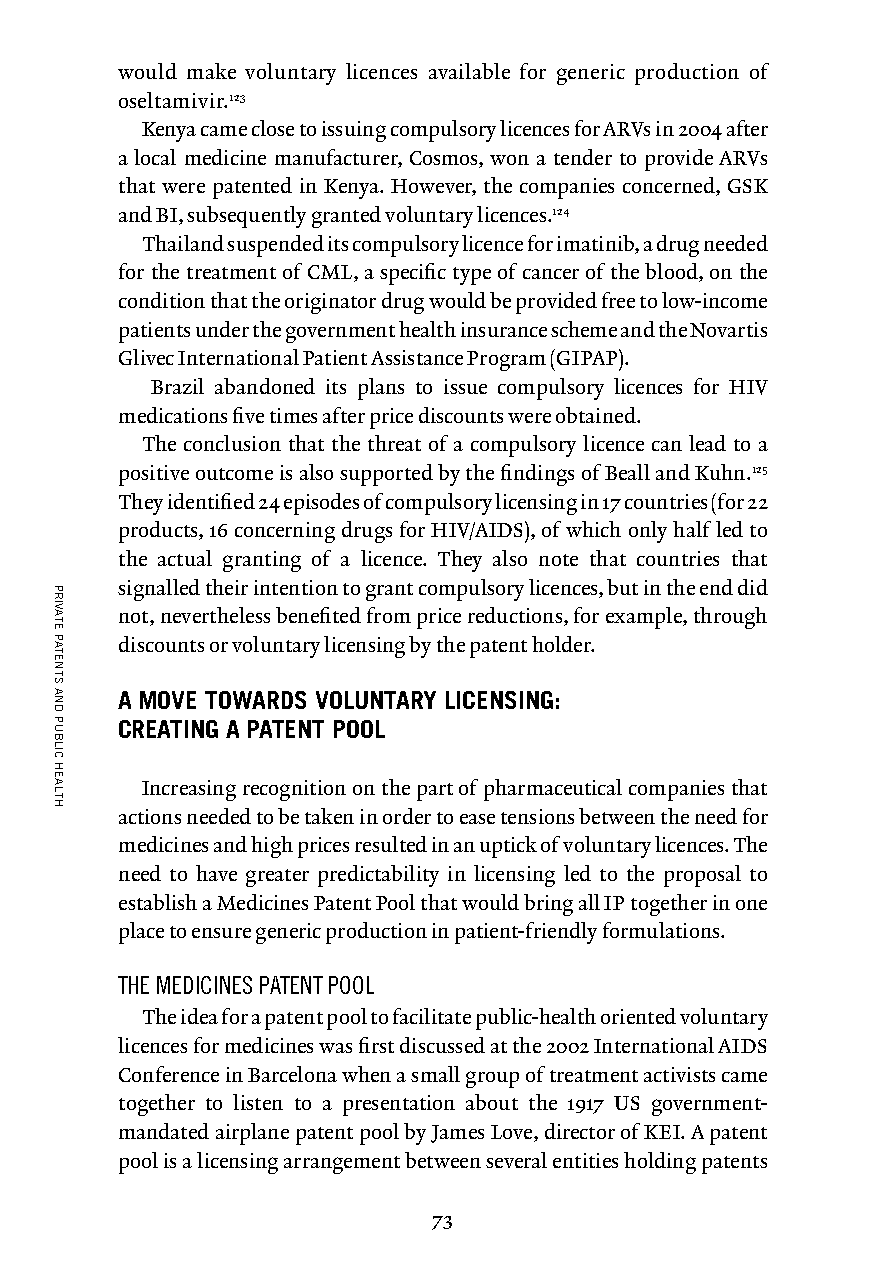
would make voluntary licences available for generic production of
 oseltamivir.123
 Kenya came close to issuing compulsory licences for ARVs in 2004 after
 a local medicine manufacturer, Cosmos, won a tender to provide ARVs
 that were patented in Kenya. However, the companies concerned, GSK
 and BI, subsequently granted voluntary licences.124
 Thailand suspended its compulsory licence for imatinib, a drug needed
 for the treatment of CML, a specific type of cancer of the blood, on the
 condition that the originator drug would be provided free to low-income
 patients under the government health insurance scheme and the Novartis
 Glivec International Patient Assistance Program (GIPAP).
 Brazil abandoned its plans to issue compulsory licences for HIV
 medications five times after price discounts were obtained.
 The conclusion that the threat of a compulsory licence can lead to a
 positive outcome is also supported by the findings of Beall and Kuhn.125
 They identified 24 episodes of compulsory licensing in 17 countries (for 22
 products, 16 concerning drugs for HIV/AIDS), of which only half led to
 the actual granting of a licence. They also note that countries that
 signalled their intention to grant compulsory licences, but in the end did
 not, nevertheless benefited from price reductions, for example, through
 discounts or voluntary licensing by the patent holder.
 A MOVE TOWARDS VOLUNTARY LICENSING:
 CREATING A PATENT POOL
 Increasing recognition on the part of pharmaceutical companies that
 actions needed to be taken in order to ease tensions between the need for
 medicines and high prices resulted in an uptick of voluntary licences. The
 need to have greater predictability in licensing led to the proposal to
 establish a Medicines Patent Pool that would bring all IP together in one
 place to ensure generic production in patient-friendly formulations.
 THE MEDICINES PATENT POOL
 The idea for a patent pool to facilitate public-health oriented voluntary
 licences for medicines was first discussed at the 2002 International AIDS
 Conference in Barcelona when a small group of treatment activists came
 together to listen to a presentation about the 1917 US government-
 mandated airplane patent pool by James Love, director of KEI. A patent
 pool is a licensing arrangement between several entities holding patents
 73
 PRIVATE
 PATENTS
 AND
 PUBLIC
 HEALTH